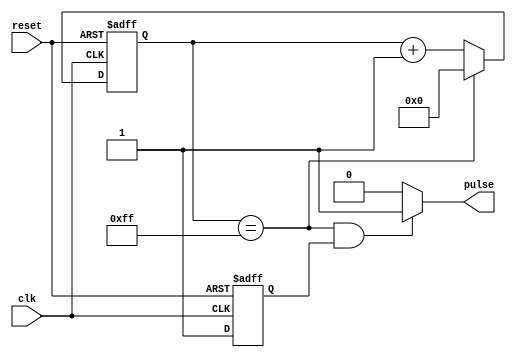
module async_pulse_generator(
  input wire clk,
  input wire reset,
  output reg pulse
);

reg [7:0] counter;
reg sync;
reg delay;
reg delayed_pulse;

// Clock divider module 
always @ (posedge clk or posedge reset)
begin
  if (reset)
    counter <= 8'b0;
  else if (counter == 8'hFF)
    counter <= 8'h00;
  else
    counter <= counter + 1;
end

// Synchronization block
always @ (posedge clk or posedge reset)
begin
  if (reset)
    sync <= 1'b0;
  else
    sync <= 1'b1;
end

// Delay module
always @ (posedge clk or posedge reset)
begin
  if (reset)
    delay <= 1'b0;
  else
    delay <= 1'b1;
end

// Generate pulse with desired pulse-width
always @*
begin
  if (counter == 8'hFF && sync)
    pulse <= 1'b1;
  else
    pulse <= 1'b0;
end

// Add delay to output pulses if needed
always @*
begin
  if (pulse && delay)
    delayed_pulse <= 1'b1;
  else
    delayed_pulse <= 1'b0;
end

endmodule